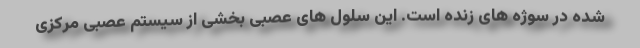
شده در سوژه های زنده است. این سلول های عصبی بخشی از سیستم عصبی مرکزی